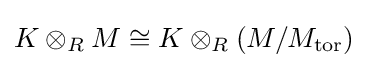
K\otimes _{R}M\cong K\otimes _{R}(M/M_{\operatorname {tor} })